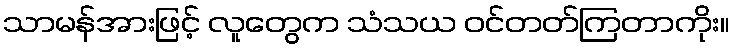
သာမန်အားဖြင့် လူတွေက သံသယ ဝင်တတ်ကြတာကိုး။